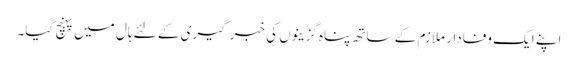
اپنے ایک وفادار ملازم کے ساتھ پناہ گزینوں کی خبر گیری کے لئے ہال میں پہنچ گیا۔